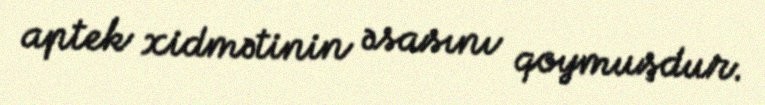
aptek xidmətinin əsasını qoymuşdur.